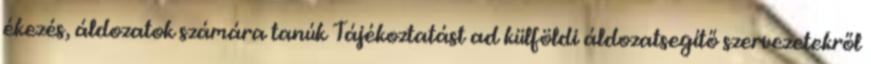
ékezés, áldozatok számára tanúk Tájékoztatást ad külföldi áldozatsegítő szervezetekről